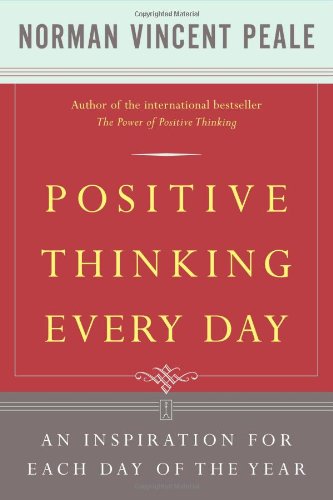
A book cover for Positive Thinking Every Day: An Inspiration for Each Day of the Year; Dr. Norman Vincent Peale; Religion & Spirituality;